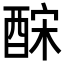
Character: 𨠼